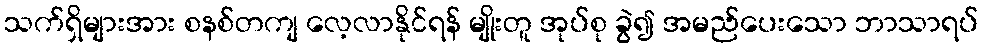
သက်ရှိများအား စနစ်တကျ လေ့လာနိုင်ရန် မျိုးတူ အုပ်စု ခွဲ၍ အမည်ပေးသော ဘာသာရပ်